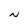
Character: N